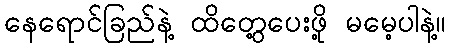
နေရောင်ခြည်နဲ့ ထိတွေ့ပေးဖို့ မမေ့ပါနဲ့။